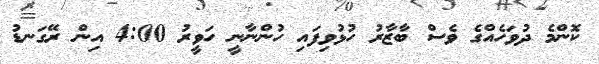
ކޮންމެ ދުވަހެއްގެ ވެސް ބާޒާރު ހުޅުވިފައި ހުންނާނީ ހަވީރު 4:00 އިން ރޭގަނޑު